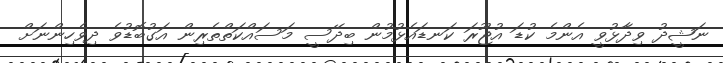
ނަޝީދު ވިދާޅުވީ އެންމެ ކުޑަ އުޖޫރަ ކަނޑައެޅުމުން ބިދޭސީ މަސައްކަތްތެރިން އަގުބޮޑުވެ ދިވެހިންނަށް